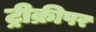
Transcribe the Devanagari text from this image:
ट्रीक्रीपर